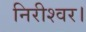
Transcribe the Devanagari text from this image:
निरीश्वर।